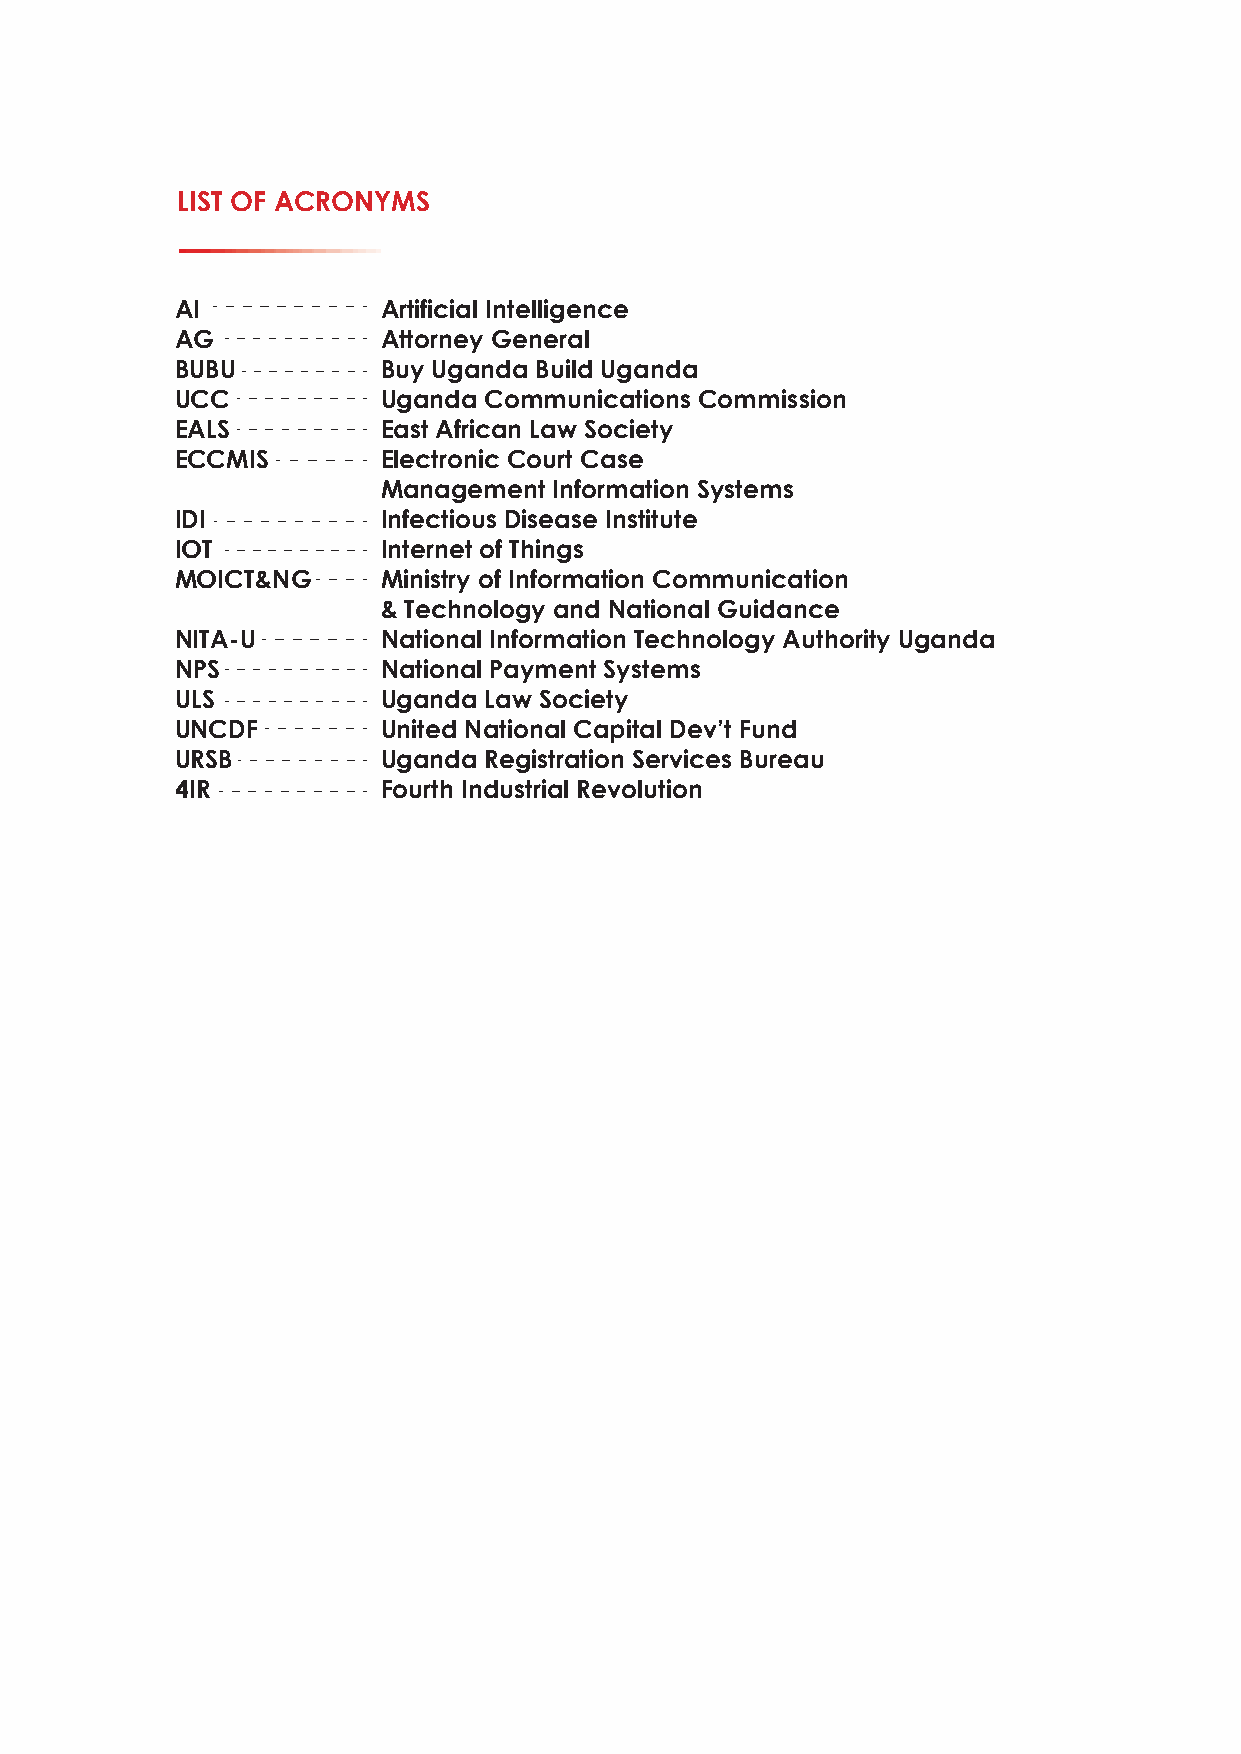
LIST OF ACRONYMS
 AI           Artificial Intelligence
 AG           Attorney General
 BUBU         Buy Uganda Build Uganda
 UCC          Uganda Communications Commission
 EALS         East African Law Society
 ECCMIS       Electronic Court Case
 Management  Information Systems
 IDI          Infectious Disease Institute
 IOT          Internet of Things
 MOICT&NG     Ministry of Information Communication
 & Technology and National Guidance
 NITA-U       National Information Technology Authority Uganda
 NPS          National Payment Systems
 ULS          Uganda Law Society
 UNCDF        United National Capital Dev’t Fund
 URSB         Uganda Registration Services Bureau
 4IR          Fourth Industrial Revolution